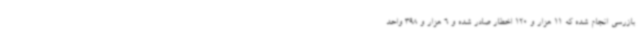
بازرسی انجام شده که 11 هزار و 120 اخطار صادر شده و 6 هزار و 398 واحد